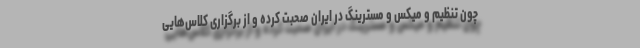
چون تنظیم و میکس و مسترینگ در ایران صحبت کرده و از برگزاری کلاس‌هایی